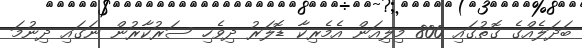
ބަދަލެއްގެ ގޮތުގައި 800 މިލިއަން އެމެރިކާ ޑޮލަރު ދިވެހި ސަރުކާރުން ނަގައި ދިނުމަ